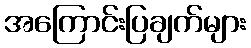
အကြောင်းပြချက်များ